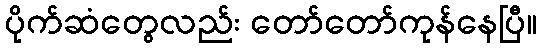
ပိုက်ဆံတွေလည်း တော်တော်ကုန်နေပြီ။